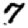
Digit: 7